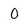
Character: 0